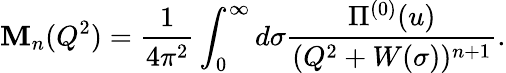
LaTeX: \mathbf{M}_{n}(Q^{2})=\frac{{1}}{{4\pi^{2}}}\int_{0}^{\infty}d\sigma\frac{{\Pi^{(0)}(u)}}{{(Q^{2}+W(\sigma))^{n+1}}}.